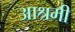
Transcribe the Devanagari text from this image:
आश्रमी